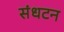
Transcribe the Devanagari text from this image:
संधटन